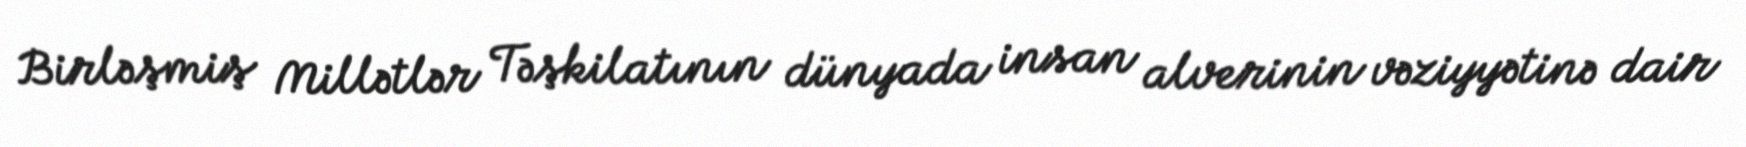
Birləşmiş Millətlər Təşkilatının dünyada insan alverinin vəziyyətinə dair